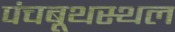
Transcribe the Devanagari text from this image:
पंचबूथस्थल